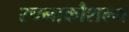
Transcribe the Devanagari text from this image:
रचनाकौशल्य